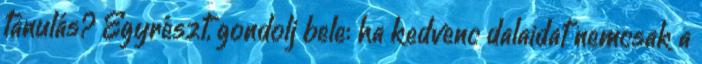
tanulás? Egyrészt, gondolj bele: ha kedvenc dalaidat nemcsak a